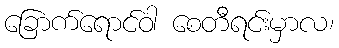
ခြောက်ရောင်ဝါ စေတီရင်းမှာလ၊